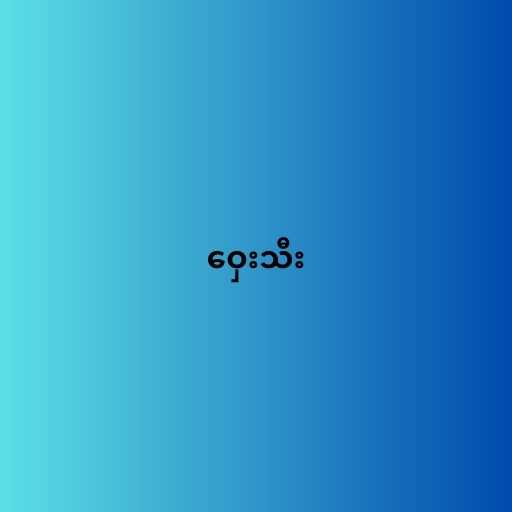
ဝှေးသီး